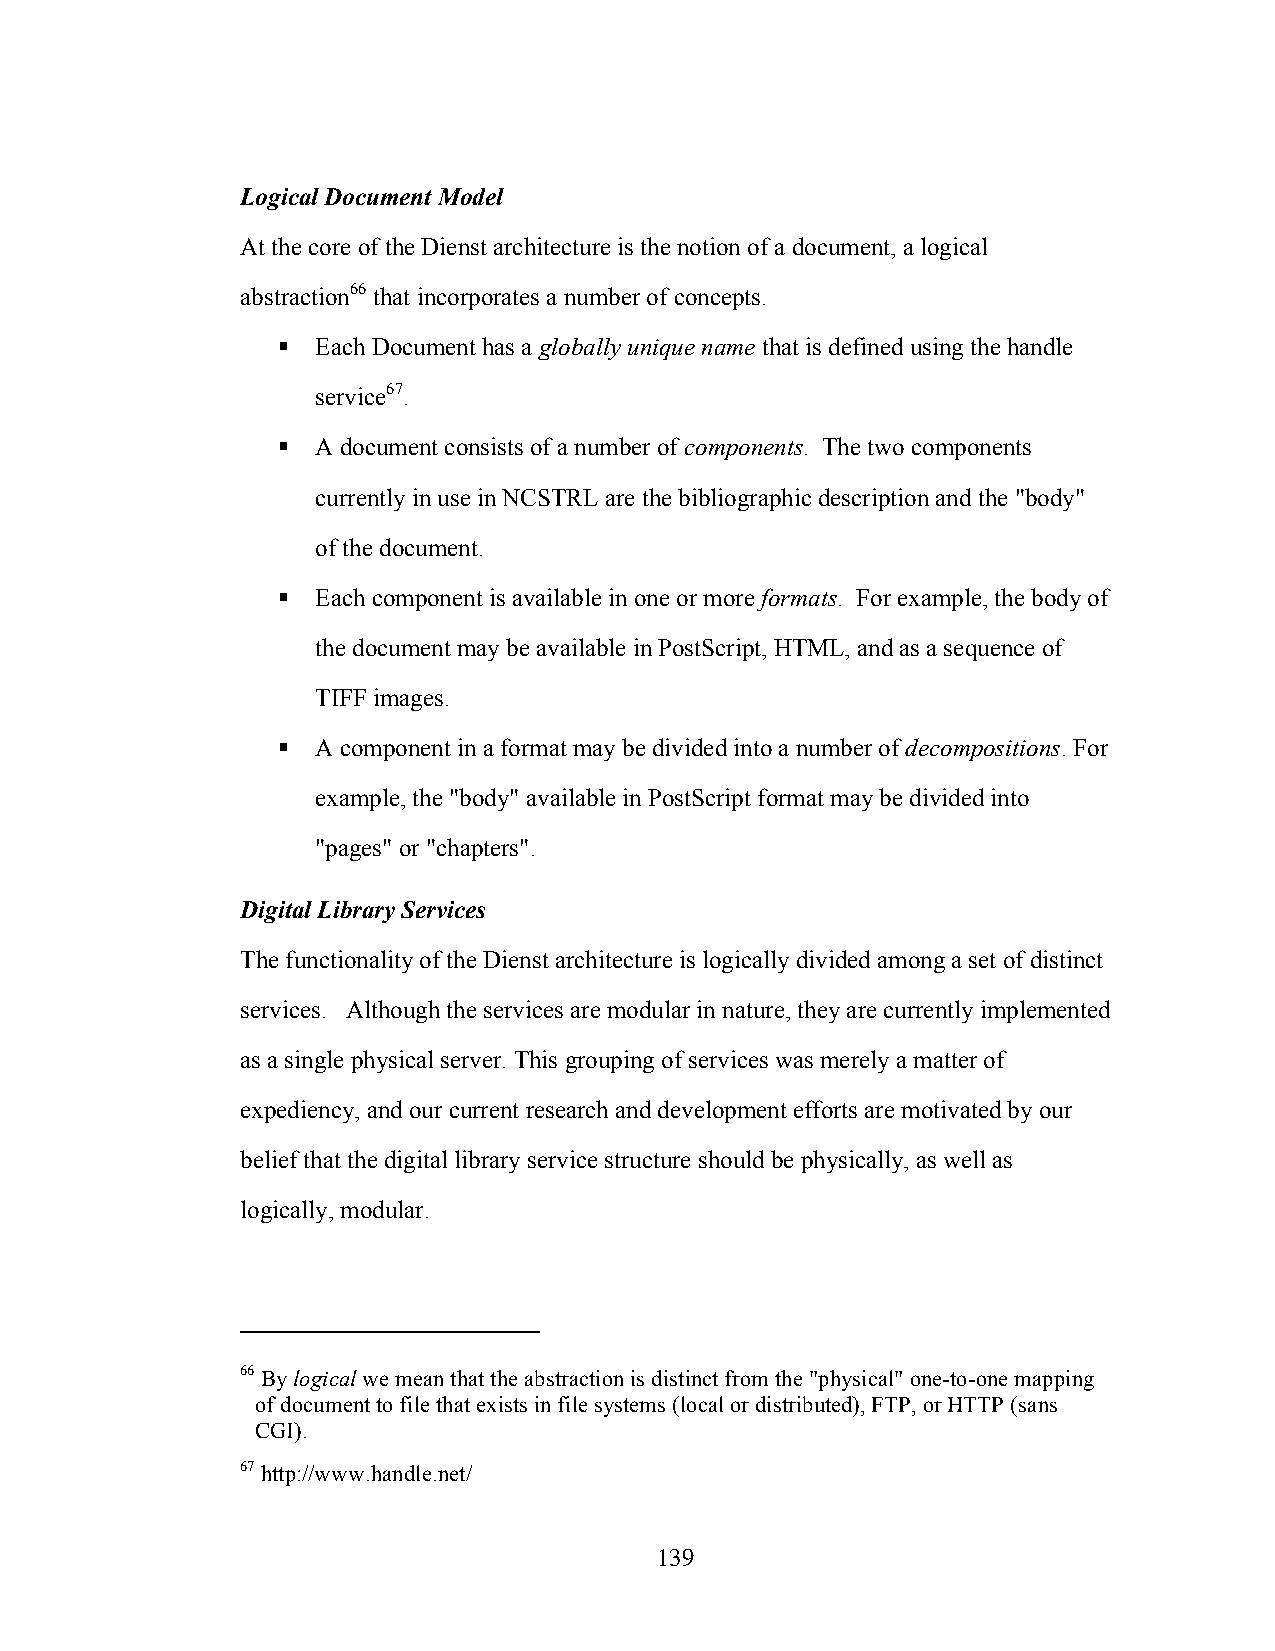
Logical Document Model
 At the core of the Dienst architecture is the notion of a document, a logical
 abstraction66 that incorporates a number of concepts.
   Each Document has a globally unique name that is defined using the handle
 service67.
   A document consists of a number of components. The two components
 currently in use in NCSTRL are the bibliographic description and the "body"
 of the document.
   Each component is available in one or more formats. For example, the body of
 the document may be available in PostScript, HTML, and as a sequence of
 TIFF images.
   A component in a format may be divided into a number of decompositions. For
 example, the "body" available in PostScript format may be divided into
 "pages" or "chapters".
 Digital Library Services
 The functionality of the Dienst architecture is logically divided among a set of distinct
 services. Although the services are modular in nature, they are currently implemented
 as a single physical server. This grouping of services was merely a matter of
 expediency, and our current research and development efforts are motivated by our
 belief that the digital library service structure should be physically, as well as
 logically, modular.
 66 By logical we mean that the abstraction is distinct from the "physical" one-to-one mapping
 of document to file that exists in file systems (local or distributed), FTP, or HTTP (sans
 CGI).
 67 http://www.handle.net/
 139